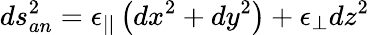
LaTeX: ds_{an}^{2}=\epsilon_{||}\left(dx^{2}+dy^{2}\right)+\epsilon_{\perp}dz^{2}